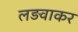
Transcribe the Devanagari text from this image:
लड़वाकर